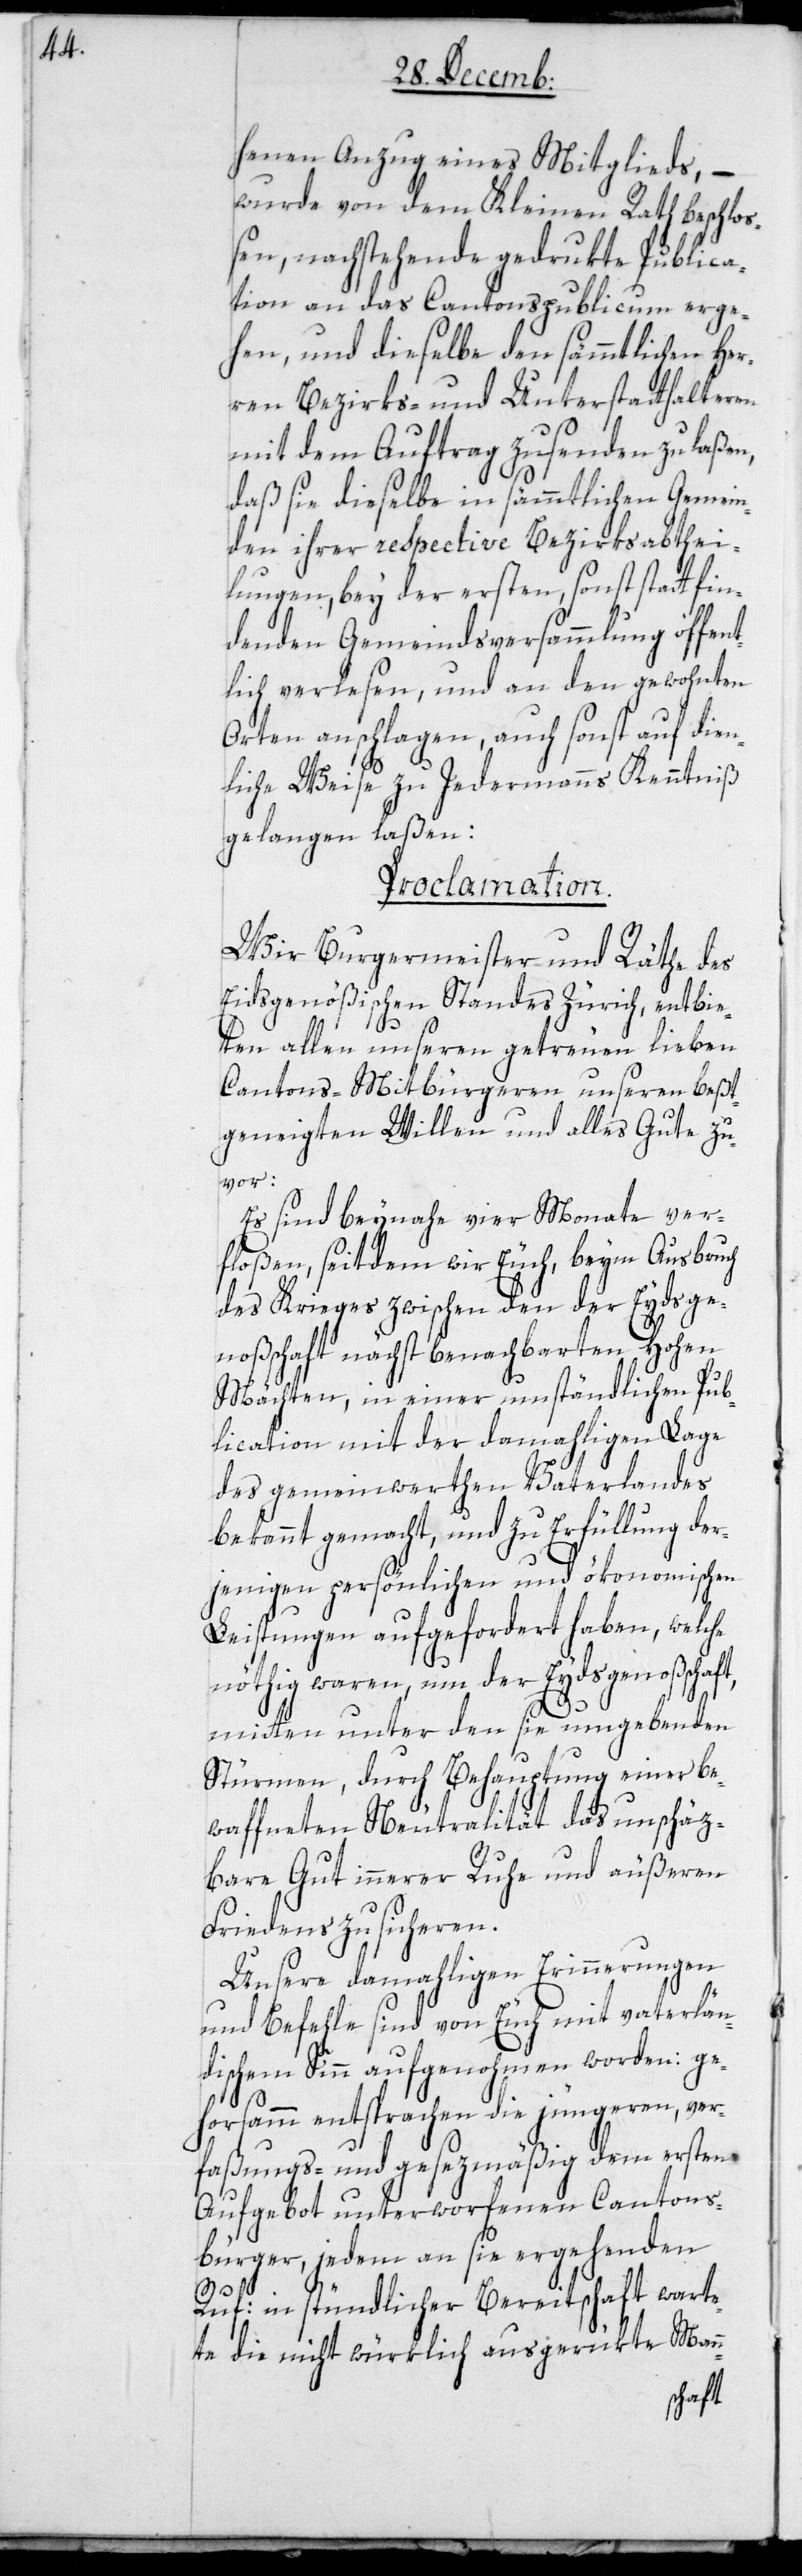
n-

nen Anzug eines Mitglieds, –
wurde von dem Kleinen Rath beschlo¬
ßen, nachstehende gedrukte Publica¬
tion an das Cantonspublicum erge¬
hen, und dieselbe den sämmtlichen Her¬
ren Bezirks- und Unterstatthalteren
mit dem Auftrag zusenden zu laßen,
daß sie dieselbe in sämmtlichen Gemein¬
den ihrer respective Bezirksabthei¬
lungen, bey der ersten sonst stattfin¬
denden Gemeindsversammlung öffen¬
tlich verlesen, und an den gewohnten
Orten anschlagen, auch sonst auf dien¬
liche Weise zu Jedermanns Kenntniß
gelangen laßen:
Proclamation.
Wir Burgermeister und Räthe des
Eidsgenößischen Standes Zürich, entbie¬
ten allen unsern getreuen lieben
Cantons-Mitbürgeren unsern beßt¬
gemeinten Willen und alles Gute zu¬
vor:
Es sind beynahe vier Monate ver¬
floßen, seitdem wir Euch, beym Ausbruch
des Krieges zwischen den der Eydsge¬
noßenschaft nächst benachbarten Hohen
Mächten, in einer umständlichen Pub¬
lication mit der damahligen Lage
des gemeinwerthen Vaterlandes
bekannt gemacht, und zu Erfüllung der¬
jenigen persönlichen und ökonomischen
Leistungen aufgefordert haben, welche
nöthig waren, um der Eydsgenoßschaft,
mitten unter den sie umgebenden
Stürmen, durch Behauptung einer be¬
waffneten Neutralität das unschätz¬
bare Gut innerer Ruhe und äußeren
Friedens zu sicheren.
Unsere damahligen Erinnerungen
und Befehle sind von Euch mit vaterlän¬
dischem Sinn aufgenohmen worden: ge¬
horsamm entsprachen die jüngeren, ver¬
faßungs- und gesezesmäßig dem ersten
Aufgebot unterworfenen Cantons¬
bürger, jedem an sie ergehenden
Ruf: in stündlicher Bereitschaft warte¬
te die nicht würklich ausgerükte Man¬